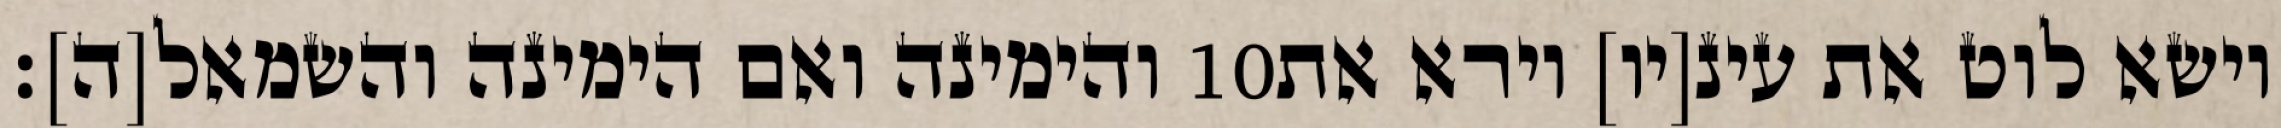
והימינה ואם הימינה והשמאל[ה]׃ ‎10‏ וישא לוט את עינ[יו] וירא את